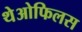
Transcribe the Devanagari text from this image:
थेओफिलस